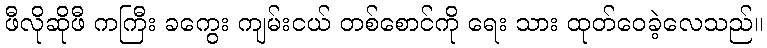
ဖီလိုဆိုဖီ ကကြီး ခကွေး ကျမ်းငယ် တစ်စောင်ကို ရေး သား ထုတ်ဝေခဲ့လေသည်။